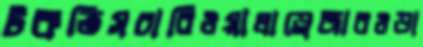
টকতিসচাবিওয়ালাড্রেজারওডা